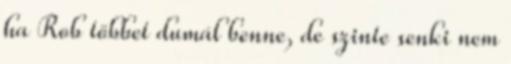
ha Rob többet dumál benne, de szinte senki nem